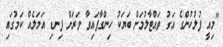
"މިއީ ފުލުހުންގެ އަގު ވައްޓާލުމަށް ބަޔަކު ހިންގާފައިވާ ވަރަށް ފިނޑި އަމަލެއް ކަމުގައި